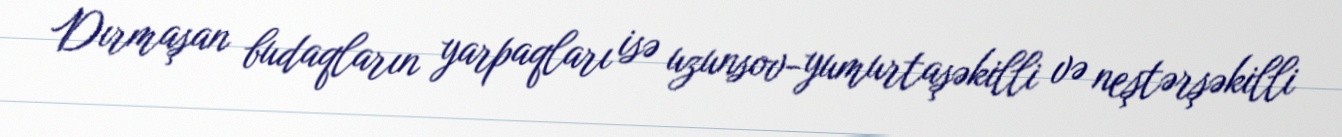
Dırmaşan budaqların yarpaqları isə uzunsov-yumurtaşəkilli və neştərşəkilli